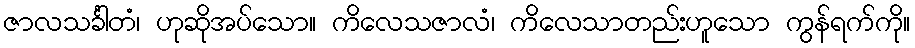
ဇာလသင်္ခါတံ၊ ဟုဆိုအပ်သော။ ကိလေသဇာလံ၊ ကိလေသာတည်းဟူသော ကွန်ရက်ကို။